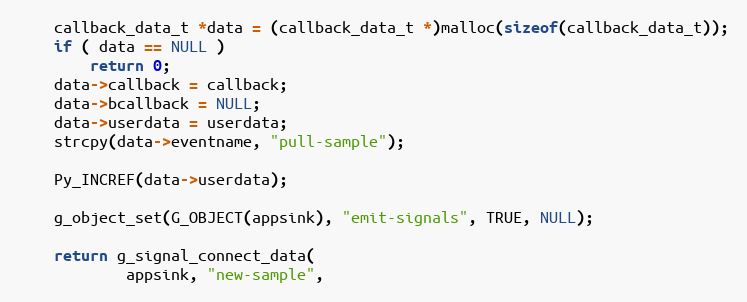
Language: C
	callback_data_t *data = (callback_data_t *)malloc(sizeof(callback_data_t));
	if ( data == NULL )
		return 0;
	data->callback = callback;
	data->bcallback = NULL;
	data->userdata = userdata;
	strcpy(data->eventname, "pull-sample");

	Py_INCREF(data->userdata);

    g_object_set(G_OBJECT(appsink), "emit-signals", TRUE, NULL);

	return g_signal_connect_data(
			appsink, "new-sample",